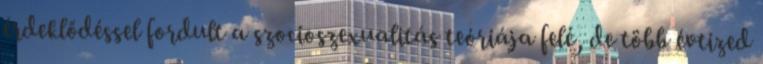
érdeklődéssel fordult a szocioszexualitás teóriája felé, de több évtized